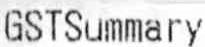
GSTSUMMARY